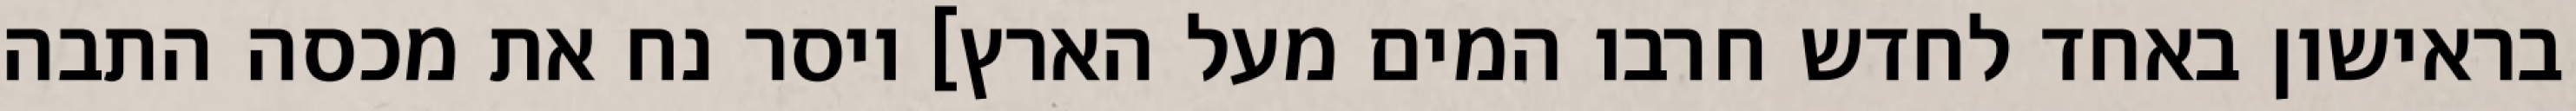
בראישון באחד לחדש חרבו המים מעל הארץ] ויסר נח את מכסה התבה